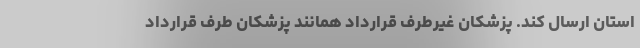
استان ارسال کند. پزشکان غیرطرف قرارداد همانند پزشکان طرف قرارداد